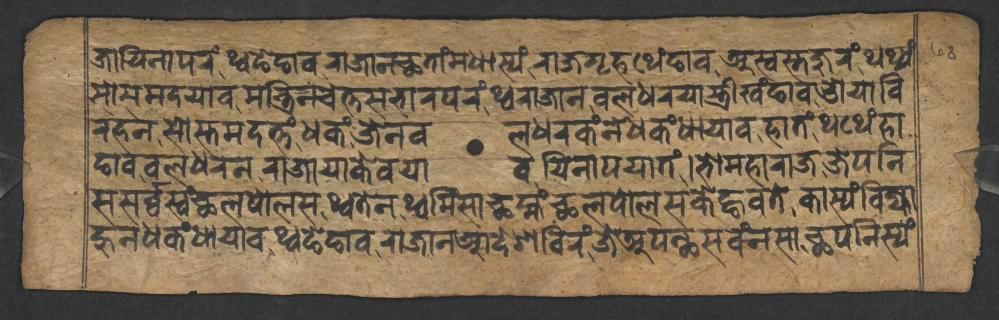
𑐖𑐵𑐫𑐶𑐣𑐵𑐥𑐬𑑄𑐠𑑂𑐰𑐒𑐾𑐒𑐵𑐰𑐬𑐵𑐖𑐵𑐣𑐕𑐟𑐵𑑄𑐩𑐢𑐵𑐳𑑂𑐫𑑄𑐬𑐵𑐖𑐐𑐺𑐴𑐠𑐾𑑄𑐒𑐵𑐰𑐀𑐳𑑂𑐰𑐳𑑂𑐟𑐖𑐸𑐬𑑄𑐠𑐠𑑂𑐫𑑄 𑐳𑑀𑐳𑐩𑐡𑐫𑐵𑐰𑐩𑐣𑑂𑐟𑑂𑐬𑐶𑐣𑐔𑐾𑐟𑑂𑐟𑐳𑐨𑐵𑐬𑐥𑐬𑑄𑐠𑑂𑐰𑐬𑐵𑐖𑐵𑐣𑐧𑐮𑐢𑐬𑐫𑐵𑐳𑑂𑐟𑑂𑐬𑐷𑐏𑑄𑐒𑐵𑐰𑐌𑐫𑐵𑐰𑐶 𑐬𑐴𑐣𑐳𑑀𑐳𑑂𑐟𑐩𑐡𑐟𑑂𑐟𑑄𑐢𑐎𑑄𑐖𑐾𑐣𑐧𑐮𑐢𑐬𑐎𑑄𑐣𑐾𑐢𑐎𑑄𑐢𑐵𑐫𑐵𑐰𑐴𑐵𑐟𑑄𑐠𑐠𑐾𑑄𑐴𑐵 𑐒𑐵𑐰𑐧𑐮𑐢𑐬𑐣𑐬𑐵𑐖𑐵𑐫𑐵𑐎𑐾𑐰𑐫𑐵𑐰𑐫𑐶𑐣𑐵𑐥𑐫𑐵𑐟𑑄𑑋𑐨𑑀𑐩𑐴𑐵𑐬𑐵𑐖𑐖𑐾𑐥𑐣𑐶 𑐳𑐳𑐬𑑂𑐰𑑂𑐰𑐳𑑂𑐰𑑄𑐕𑐮𑐥𑑀𑐮𑐳𑐠𑑂𑐰𑐟𑐾𑐣𑐠𑑂𑐰𑐩𑐶𑐳𑐵𑐕𑐩𑑂𑐴𑑄𑐕𑐮𑐥𑑀𑐮𑐳𑐎𑐾𑐒𑑂𑐴𑐰𑐟𑐾𑐎𑐵𑐳𑑂𑐫𑑄𑐧𑐶𑐖𑑂𑐫𑐵 𑐴𑐸𑐣𑐢𑐎𑑄𑐢𑐵𑐫𑐵𑐰𑐠𑑂𑐰𑐒𑐾𑐒𑐵𑐰𑐬𑐵𑐖𑐵𑐣𑐁𑐡𑐾𑐱𑐧𑐶𑐬𑑄𑐖𑐾𑐀𑐥𑐣𑑂𑐠𑐳𑐰𑑄𑐣𑐳𑐵𑐕𑐥𑐣𑐶𑐳𑑂𑐫𑑄